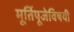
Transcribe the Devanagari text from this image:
मूर्तिपूजेविषयी